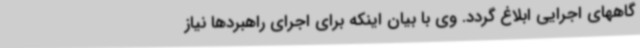
گاههای اجرایی ابلاغ گردد.‌ وی با بیان اینکه برای اجرای راهبردها نیاز